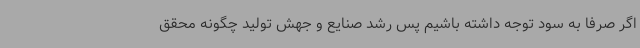
اگر صرفاً به سود توجه داشته باشیم پس رشد صنایع و جهش تولید چگونه محقق